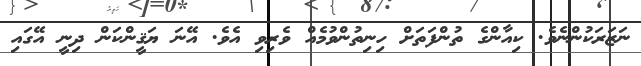
ނަޒަރަކުންނެވެ. ކިއާންގެ ތުންފަތަށް ހިނިތުންވުމެއް ވެރިވި އެވެ. އޭނަ ޔަޤީންކަން ދިނީ އޭގައި